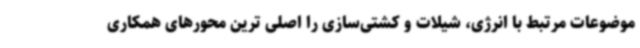
موضوعات مرتبط با انرژی، شیلات و کشتی‌سازی را اصلی ترین محورهای همکاری